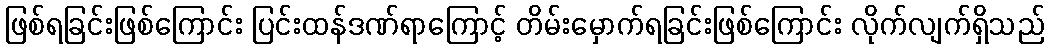
ဖြစ်ရခြင်းဖြစ်ကြောင်း ပြင်းထန်ဒဏ်ရာကြောင့် တိမ်းမှောက်ရခြင်းဖြစ်ကြောင်း လိုက်လျက်ရှိသည်